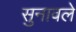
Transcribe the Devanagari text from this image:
सुनावले